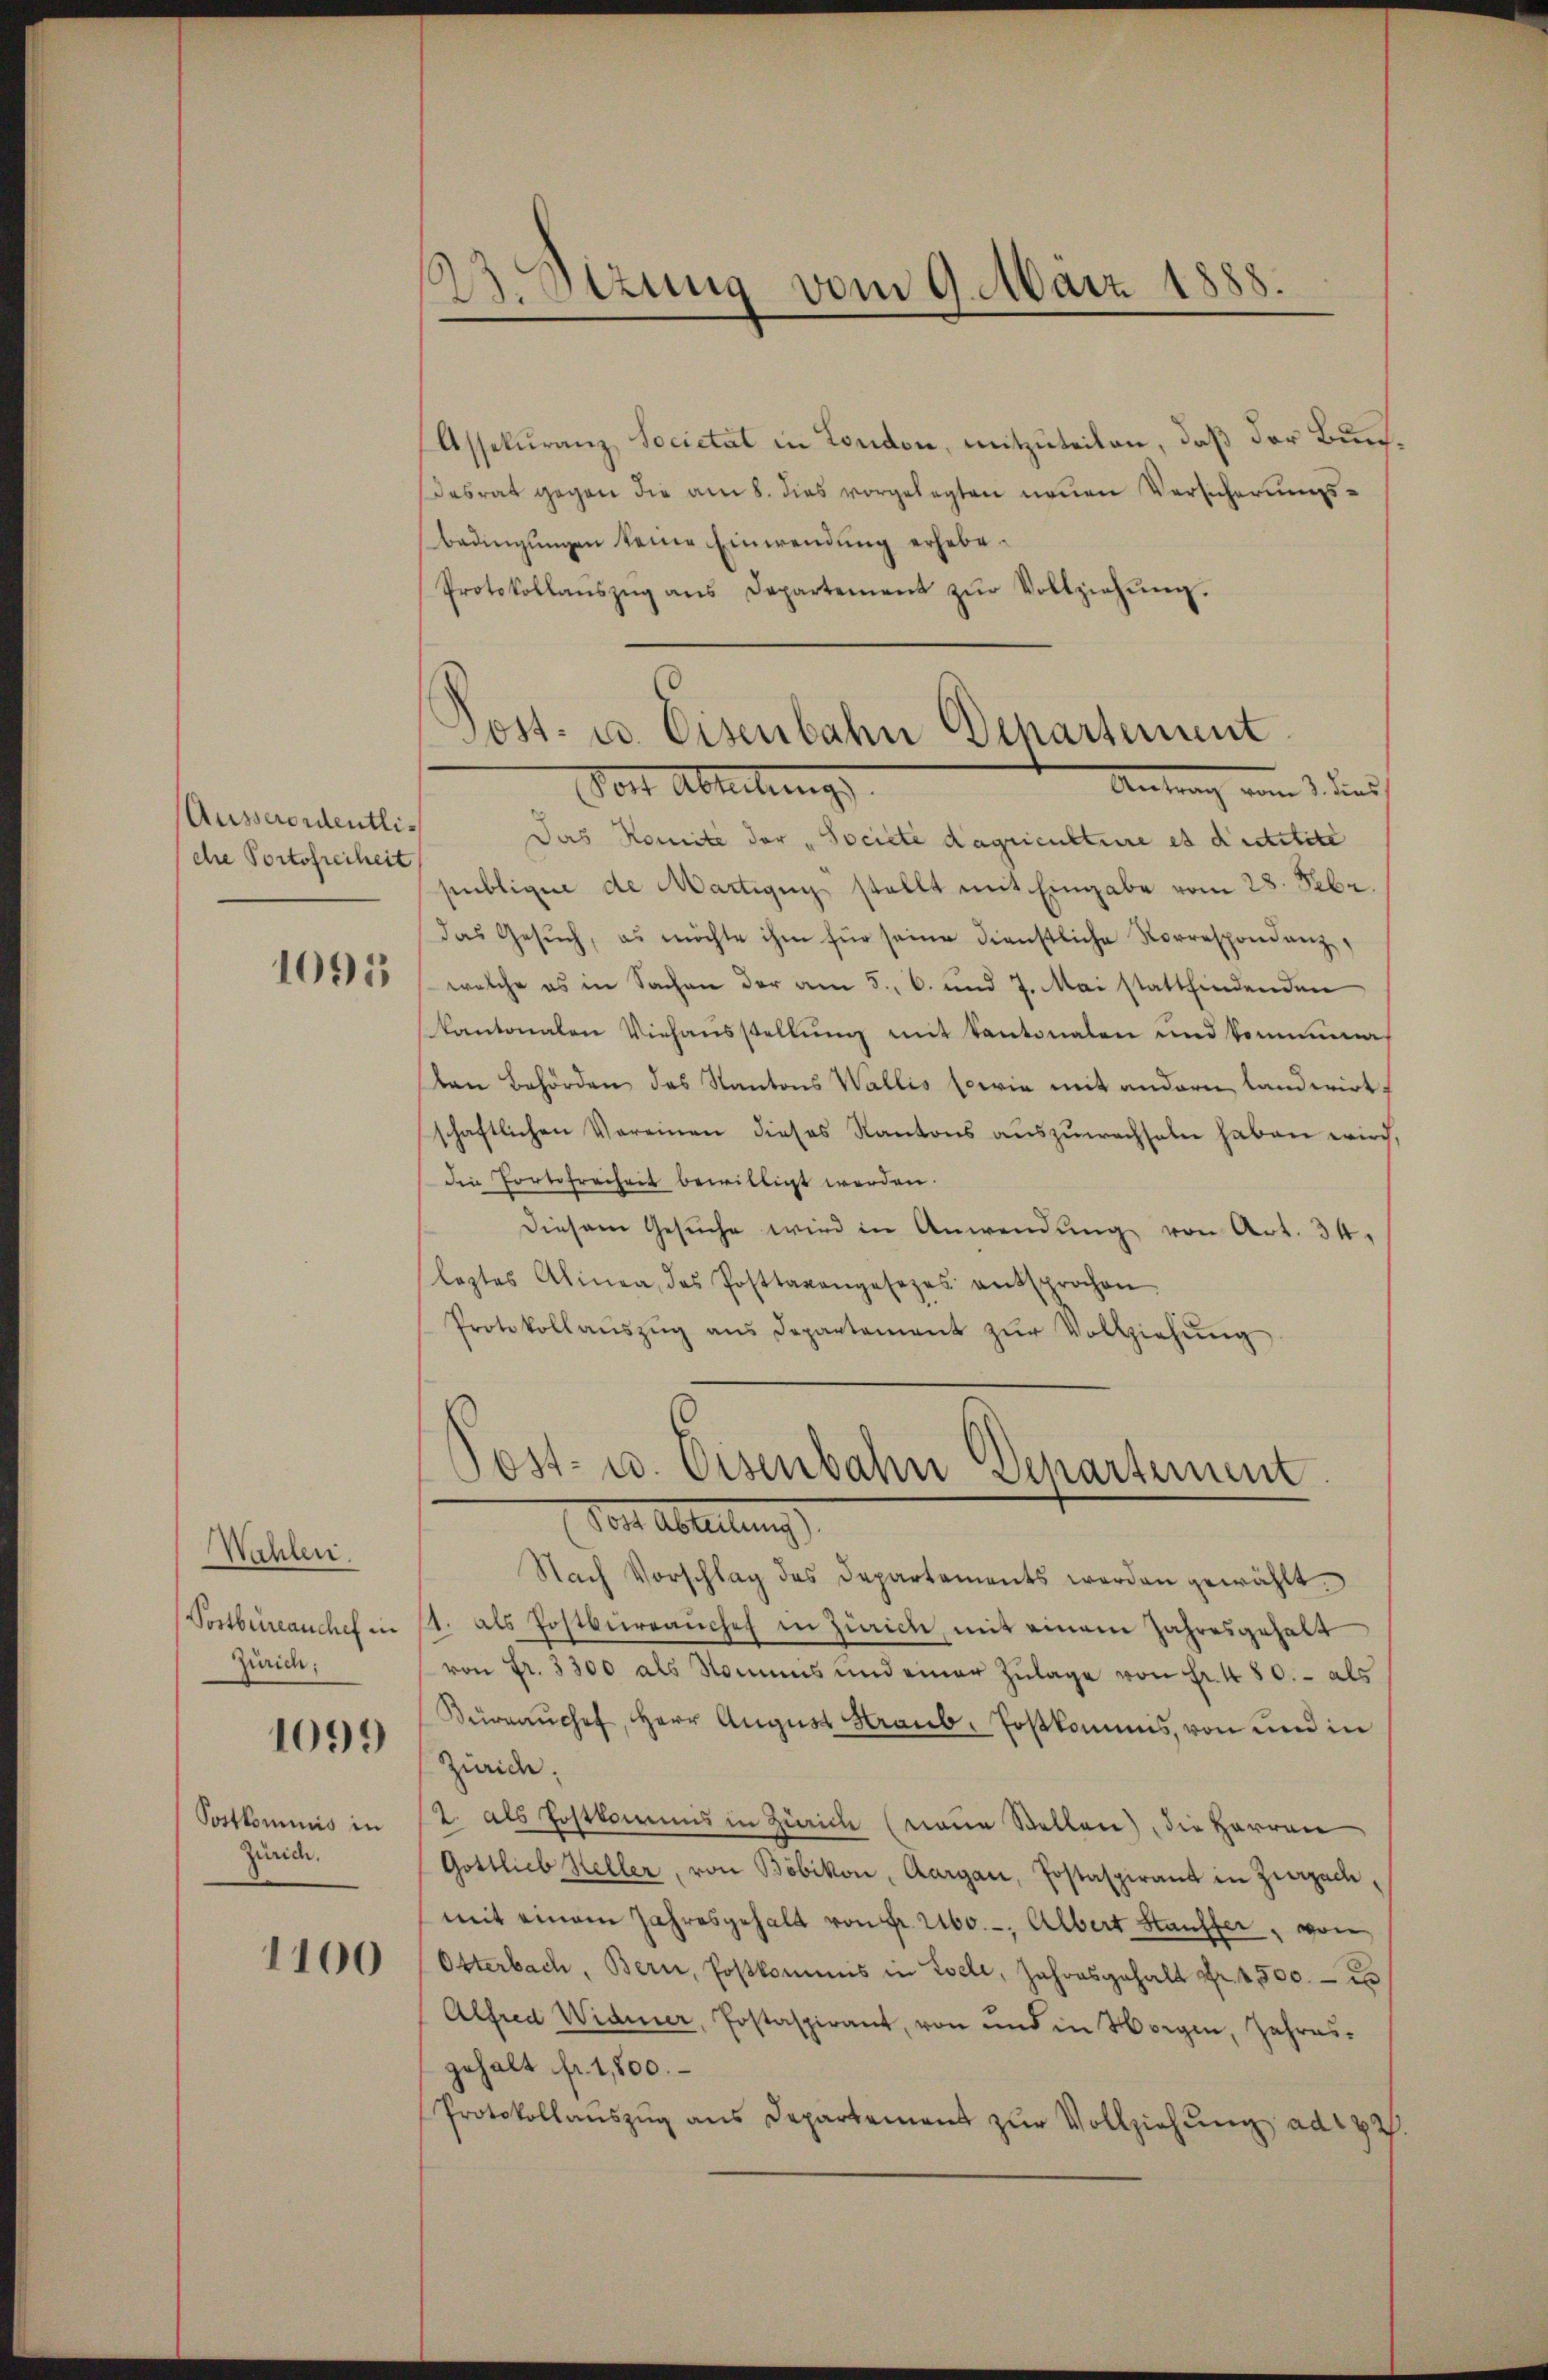
Ausserordentlidhre Portofreiheit

1095

Wahlen.
Postbüreauchel in
Zürich:
1099
Sottkommnis in
Zürich.

1100

Assekuranz, Societät in London, mitzuteilen, daß der Bundesrat gegen die am 8. dies vorgelegten neuen Versicherungsbedingungen keine Einwendung erhebe¬
Protokollanszŭg ans Departement zŭr Vollziehŭng.

¬
B.Sizung vom 9. März 1888.

Post- u. Eisenbahn Departement
Vor Abteilungs
Antrag vom 1. dies

Das Komite der "Societe dagriculture es dictitite
publique de Martigung stellt mit Eingabe vom 28. Febr.
das Gesŭch, es möchte ihm für seine dienstliche Korrespondenz,
welche es in Sachen der am 5. 6. und 7. Mai stattfindenden
Kantonalen Viehausstellŭng mit Kantonalen und kommene
ton Behörden das Kantons Wallis sowie mit andern landwirt-
schaftlichen Vereinen dieses Kantons auszuwachseln haben wird
die Portofreiheit bewilligt werden.
Diesem Gesŭche wird in Anwendung von Art. 34.
leztes Alinea, das Posttaxangesezes entsprochen.
Protokollaŭszŭg ans Departement zŭr Vollziehŭng

Post- u. Eisenbahn Departement
Der Ableitung

Nach Vorschlag des Departements werden gewählt.
11. als Postbürrauche in Zürich, mit einem Jahresgehalt
von Fr. 3300 als Nomins und einer Zŭlage von Fr. 480. - als
Büreaŭchef, Herr August Kraub. Postkommis, von und in
Zürich;
2. als Postkommis in Zürich (neue Stellen), die Herren
Gottlieb Heller, von Böbikon, Aargau, Postaspirant in Zurzachmit einem Jahresgehalt von Fr. 260. - Albert Stauffer, von
Otterbach, Bern, Postkommis in Esele, Jahresgehalt Nr. 4500.- e
Alfred Widmer, Postaspirant, von und in Morgen, Jahres-
gehalt fr. 1,800.
Protokollaŭszŭg ans Departement zŭr Vollziehŭng ad 172.